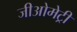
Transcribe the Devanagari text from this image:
जीओमेट्री